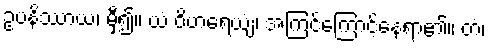
ဥပနိဿာယ၊ မှီ၍။ ယံ ဝိဟရေယျံ၊ အကြင်ကြောင့်နေရာ၏။ တံ၊